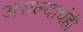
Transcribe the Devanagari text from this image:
असल्याचंही